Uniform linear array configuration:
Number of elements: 16
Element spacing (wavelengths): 0.5
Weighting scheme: uniform
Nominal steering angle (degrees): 60
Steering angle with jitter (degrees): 58.43
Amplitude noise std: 0.05
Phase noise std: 0.05

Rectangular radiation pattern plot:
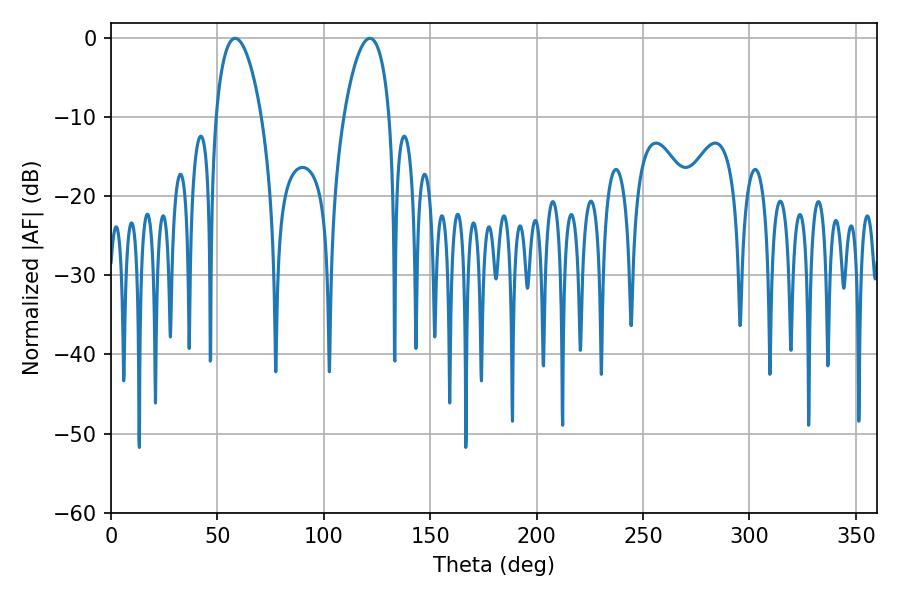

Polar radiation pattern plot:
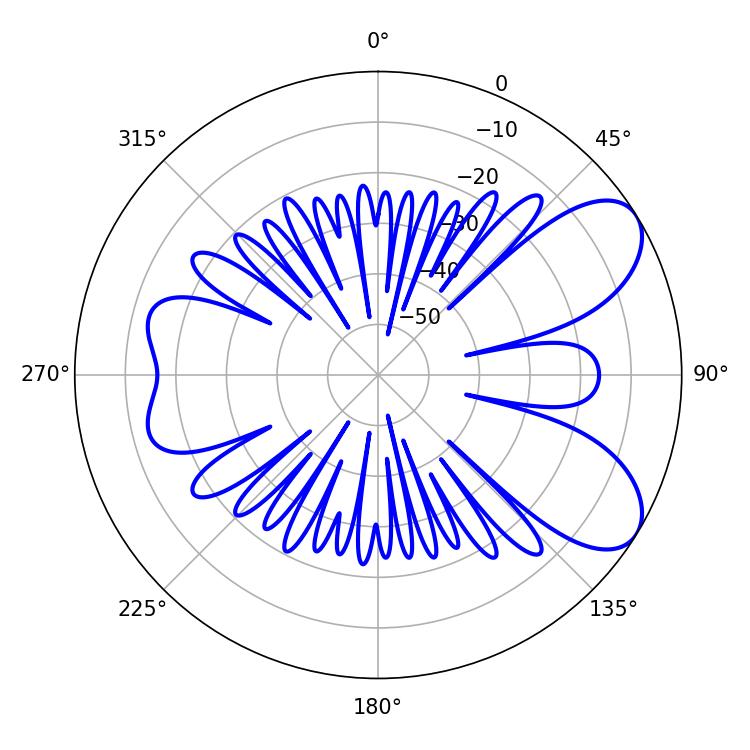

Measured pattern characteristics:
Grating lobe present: FALSE
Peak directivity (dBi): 7.428
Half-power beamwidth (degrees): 12.06
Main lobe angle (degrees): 58.32